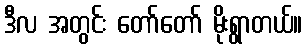
ဒီလ အတွင်း တော်တော် မိုးရွာတယ်။